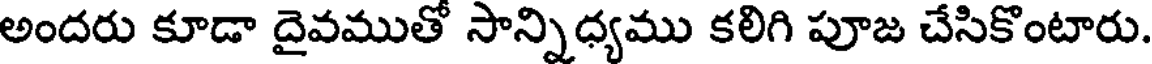
అందరు కూడా దైవముతో సాన్నిధ్యము కలిగి పూజ చేసికొంటారు.